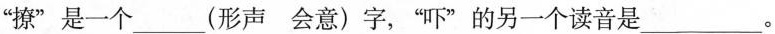
'撩“是一个___(形声会意)字，”吓“的另一个读音是___。